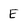
Character: E